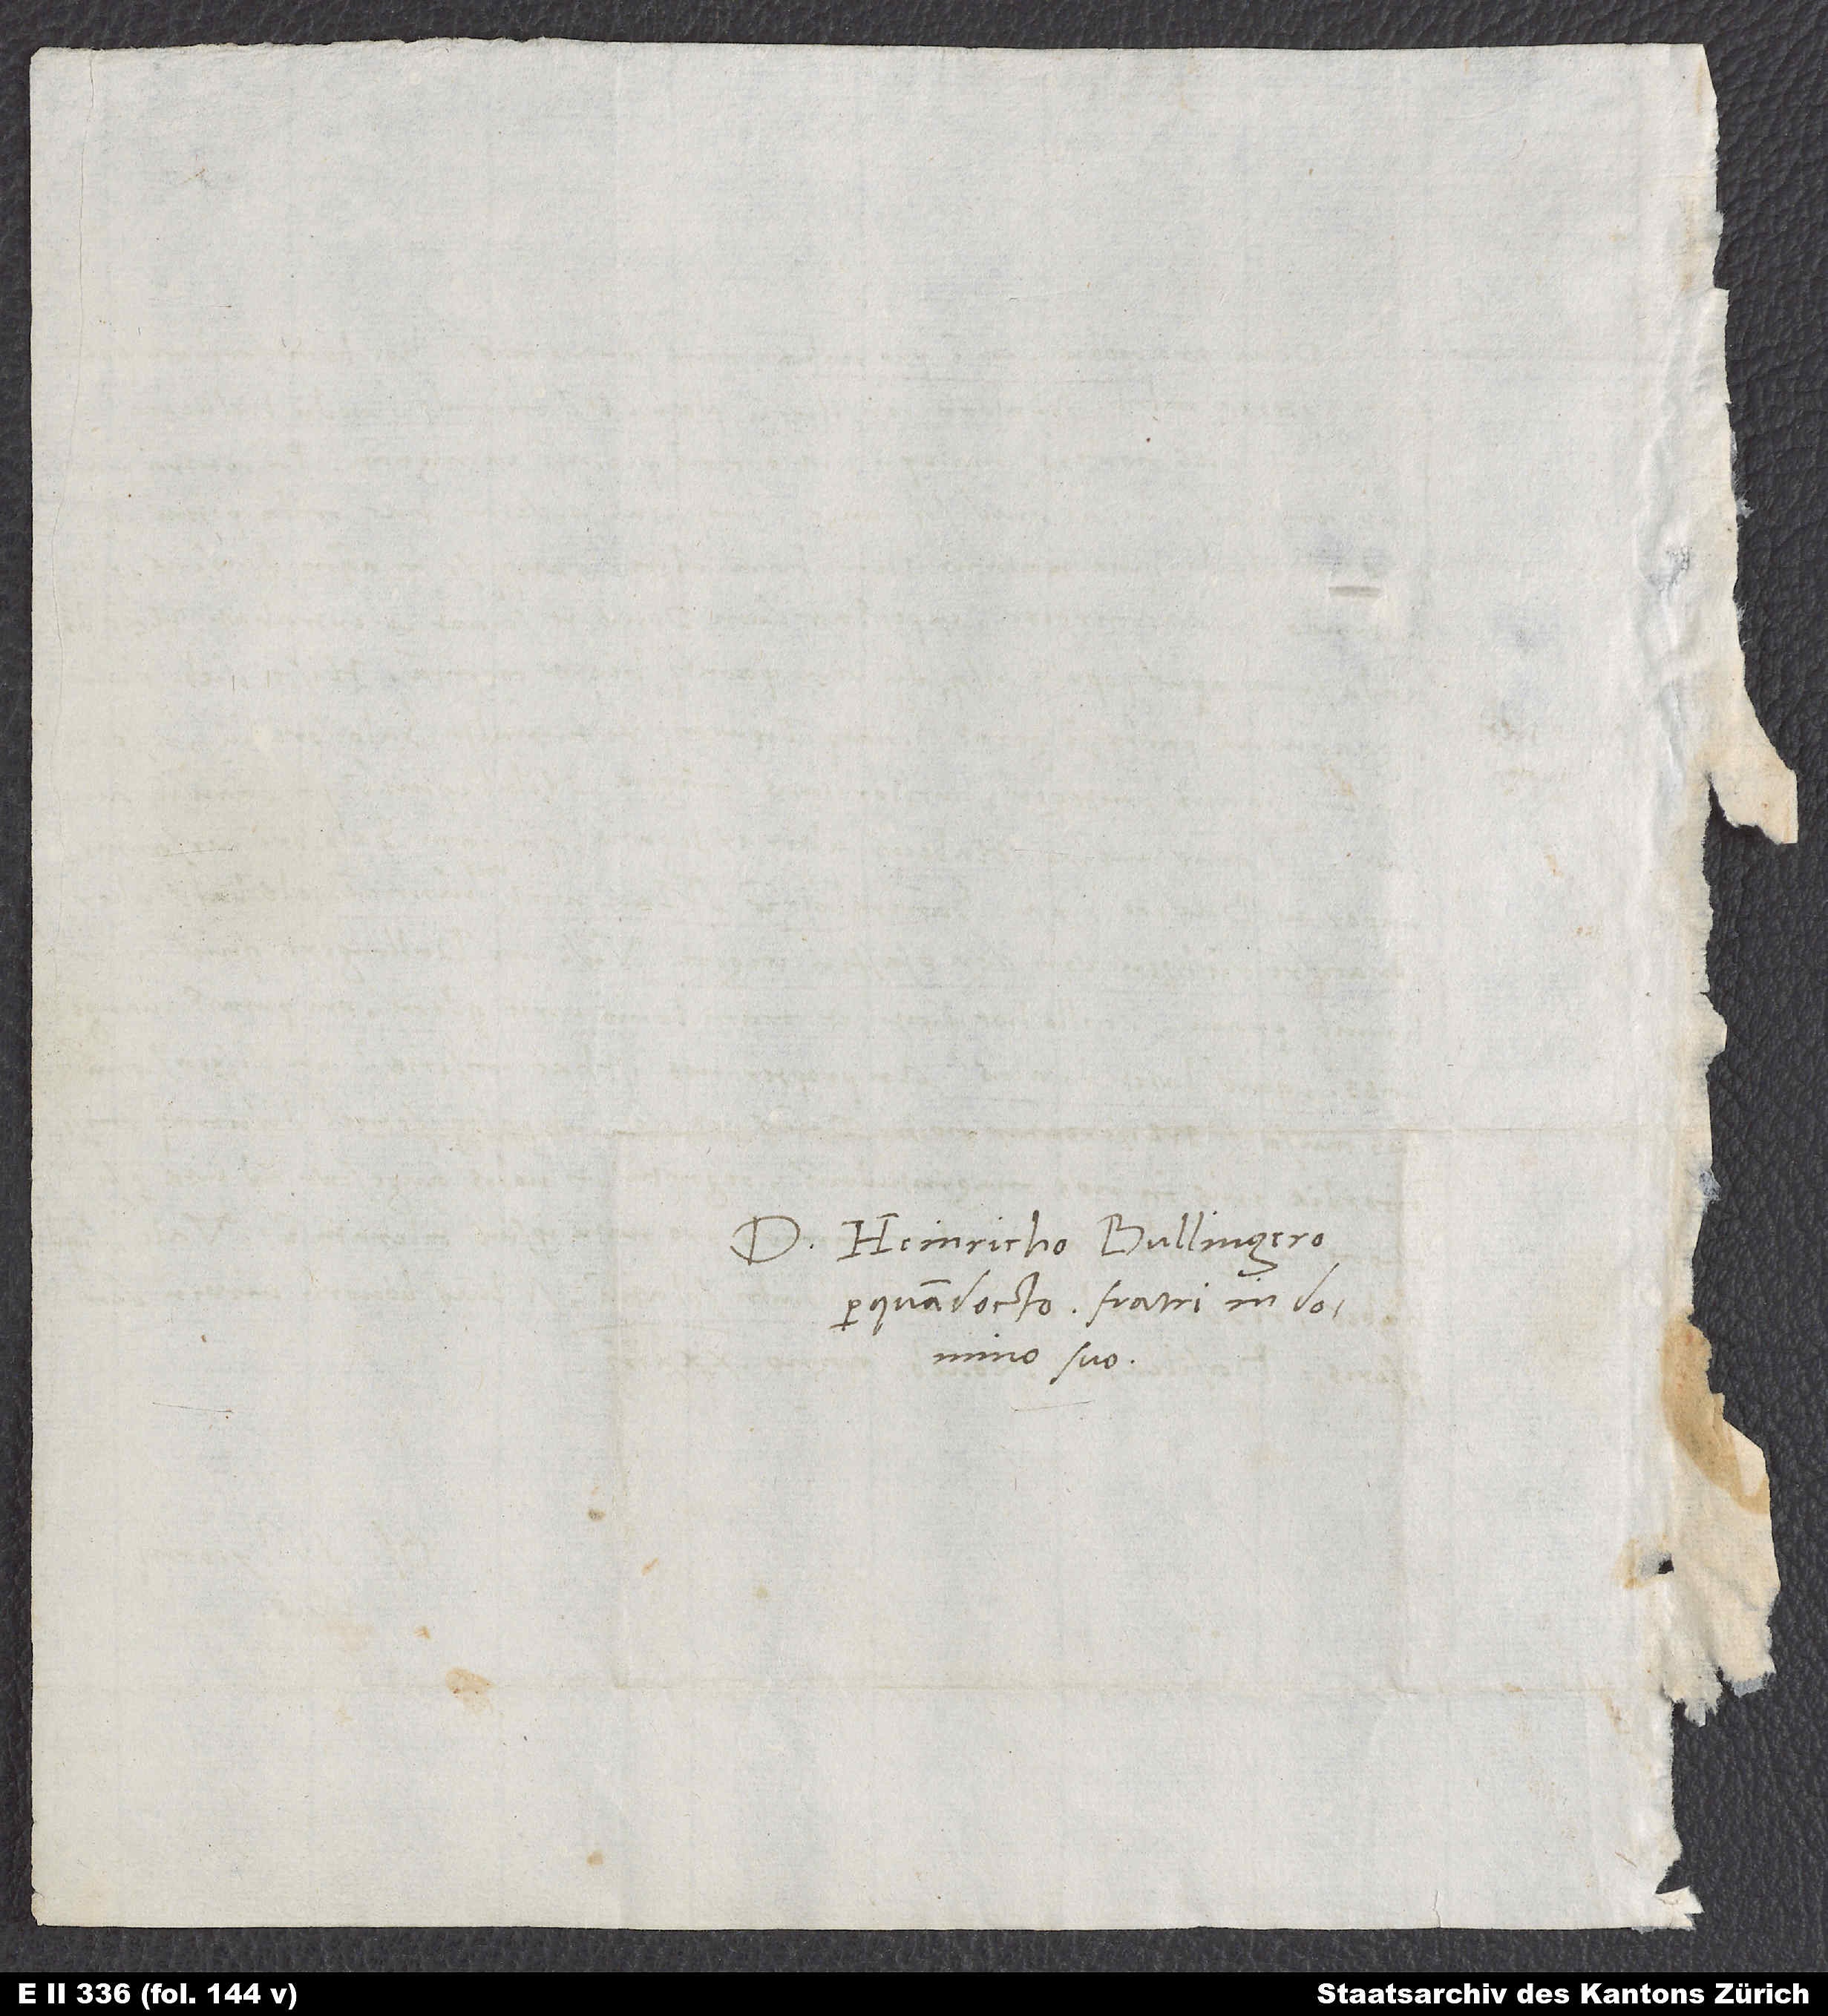
Domino Heinricho Bullingero
perquam docto, fratri in domino
suo.